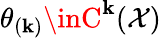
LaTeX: \theta_{(\mathbf{k})}\inC^{\mathbf{k}}(\mathcal{{X}})